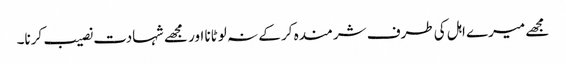
مجھے میرے اہل کی طرف شرمندہ کر کے نہ لوٹانا اور مجھے شہادت نصیب کرنا۔